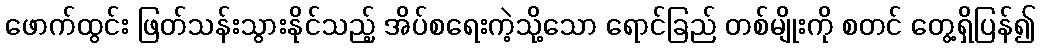
ဖောက်ထွင်း ဖြတ်သန်းသွားနိုင်သည့် အိပ်စရေးကဲ့သို့သော ရောင်ခြည် တစ်မျိုးကို စတင် တွေ့ရှိပြန်၍